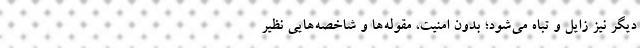
دیگر نیز زایل و تباه می‌شود؛ بدون امنیت، مقوله‌ها و شاخصه‌هایی نظیر